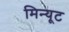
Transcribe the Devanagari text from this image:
मिन्यूट